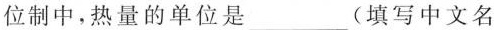
位制中，热量的单位是___(填写中文名